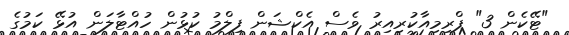
"ޓޭކެން 3" ޕްރިމިއާކުރިއިރު ވެސް އެކްޝަން ފިލްމު ކުޅުން ހުއްޓާލަން އުޅޭ ކަމުގެ